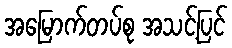
အမြောက်တပ်စု အသင့်ပြင်